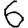
Digit: 6